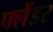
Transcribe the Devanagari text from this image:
फ्लेंडर